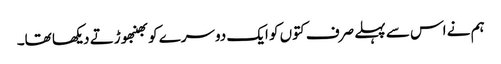
ہم نے اس سے پہلے صرف کتوں کو ایک دوسرے کو بھنبھوڑتے دیکھا تھا۔